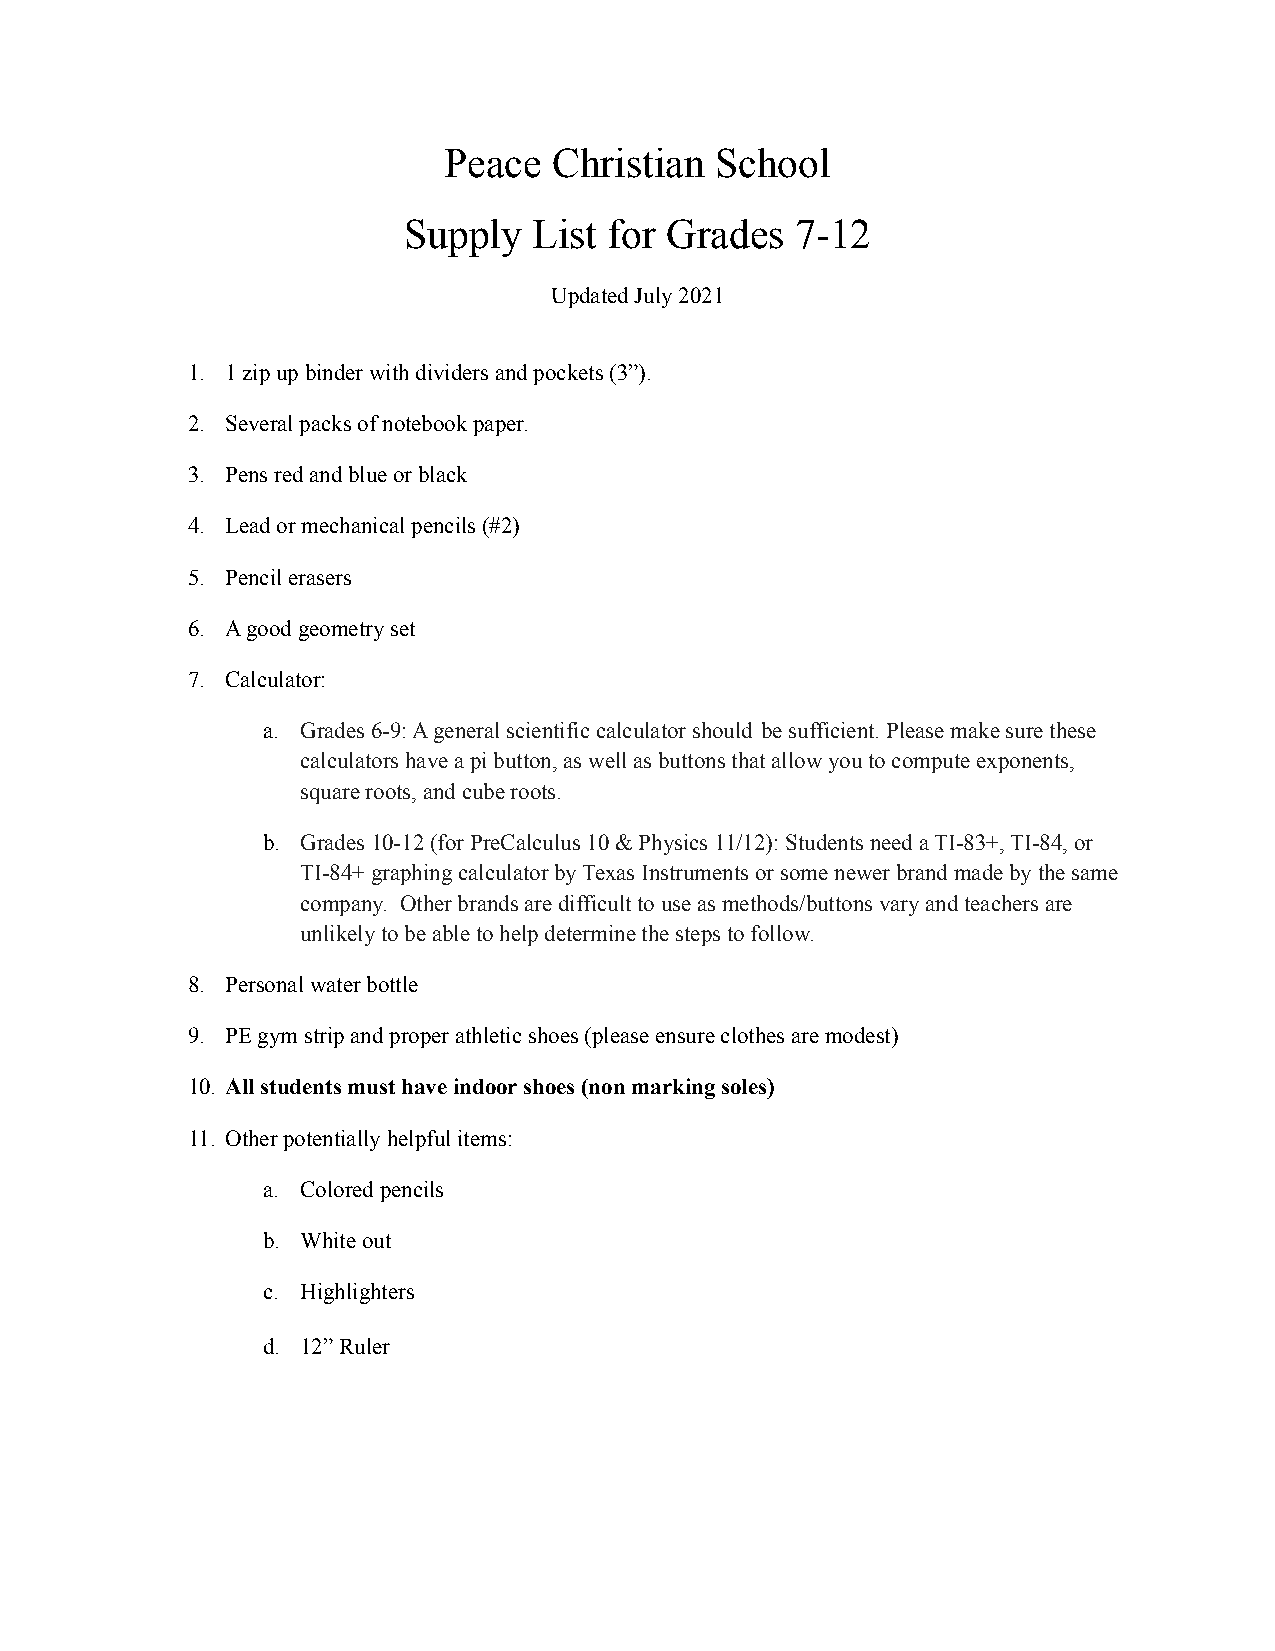
Peace   Christian School
 Supply  List for Grades   7-12
 Updated July 2021
 1. 1 zip up binder with dividers and pockets (3”).
 2. Several packs of notebook paper.
 3. Pens red and blue or black
 4. Lead or mechanical pencils (#2)
 5. Pencil erasers
 6. A good geometry set
 7. Calculator:
 a. Grades 6-9: A general scientific calculator should be sufficient. Please make sure these
 calculators have a pi button, as well as buttons thatallow you to compute exponents,
 square roots, and cube roots.
 b. Grades 10-12 (for PreCalculus 10 & Physics 11/12):Students need a TI-83+, TI-84, or
 TI-84+ graphing calculator by Texas Instruments orsome newer brand made by the same
 company. Other brands are difficult to use as methods/buttonsvary and teachers are
 unlikely to be able to help determine the steps tofollow.
 8. Personal water bottle
 9. PE gym strip and proper athletic shoes (please ensureclothes are modest)
 10. All students must have indoor shoes (non marking soles)
 11. Other potentially helpful items:
 a. Colored pencils
 b. White out
 c. Highlighters
 d. 12” Ruler